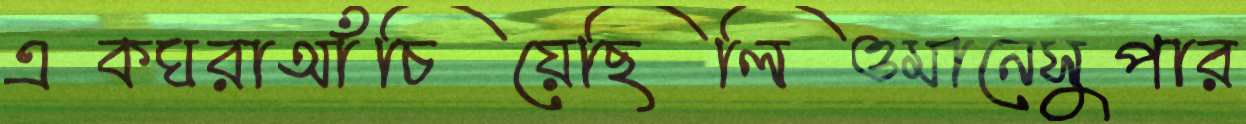
একঘরাআঁচিয়েছিলিওমানেসুপার